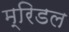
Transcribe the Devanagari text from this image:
म्रिडल